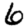
Digit: 6